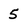
Character: 5